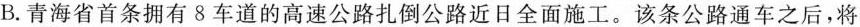
B.青海省首条拥有8车道的高速公路扎倒公路近日全面施工。该条公路通车之后，将